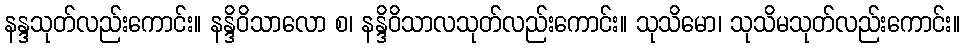
နန္ဒသုတ်လည်းကောင်း။ နန္ဒိဝိသာလော စ၊ နန္ဒိဝိသာလသုတ်လည်းကောင်း။ သုသိမော၊ သုသိမသုတ်လည်းကောင်း။